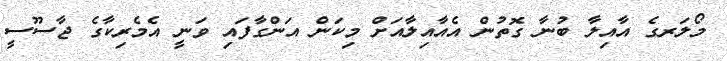
މޯލަރގެ އާއިލާ ބުނާ ގޮތުން އެއާއިލާއަށް މިކަން އަންގާފައި ވަނީ އެމެރިކާގެ ޖާސޫސީ